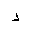
Letter: _dal